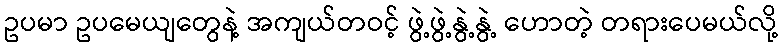
ဥပမာ ဥပမေယျတွေနဲ့ အကျယ်တဝင့် ဖွဲ့ဖွဲ့နွဲ့နွဲ့ ဟောတဲ့ တရားပေမယ်လို့